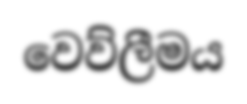
වෙව්ලීමය